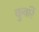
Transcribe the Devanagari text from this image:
कुवांरें